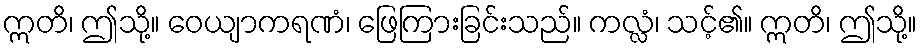
ဣတိ၊ ဤသို့။ ဝေယျာကရဏံ၊ ဖြေကြားခြင်းသည်။ ကလ္လံ၊ သင့်၏။ ဣတိ၊ ဤသို့။